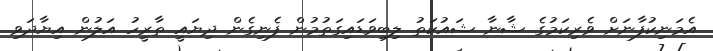
އެމަނިކުފާނަށް ވެރިކަމުގެ ޝާނާ ޝައުކަތު ލިބިވަޑައިގަތުމުން ފެނިގެން ދިޔައީ ތާރީހު އަލުން އިޔާދަވި